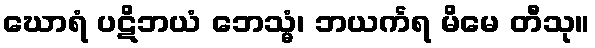
ဃောရံ ပဋိဘယံ ဘေသ္မံ၊ ဘယင်္ကရ မိမေ တီသု။